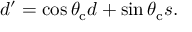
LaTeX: d ^ { \prime } = \cos \theta _ { \mathrm { c } } d + \sin \theta _ { \mathrm { c } } s .